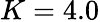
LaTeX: K=4.0